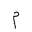
Letter: _mim